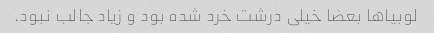
لوبیا‌ها بعضا خیلی درشت خرد شده بود و زیاد جالب نبود.